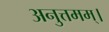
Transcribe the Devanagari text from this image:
अनुत्तमम्‌।